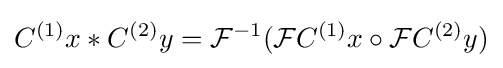
C^{(1)}x\ast C^{(2)}y={\mathcal {F}}^{-1}({\mathcal {F}}C^{(1)}x\circ {\mathcal {F}}C^{(2)}y)